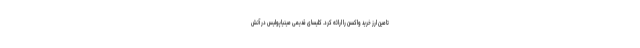
تامین ارز خرید واکسن را ارائه کرد. کلیسای قدیمی مینیاپولیس در آتش